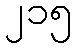
၂၁၅